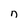
Character: n